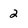
Character: 2